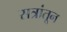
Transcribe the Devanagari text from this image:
सत्रांतून